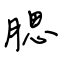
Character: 腮